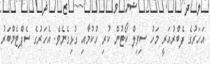
އަހަރުގެ ފެބްރުއަރީ މަހު ސިވިލް ކޯޓުން ކުރި ހުކުމާއި ގުޅިގެނެވެ. އެހަރުގެ ސެޕްޓެމްބަރު